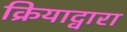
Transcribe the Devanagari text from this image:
क्रियाद्वारा